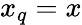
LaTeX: x_{q}=x